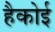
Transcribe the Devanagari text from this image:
हैकोई